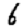
Digit: 6